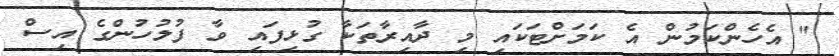
" އެހެންކަމުން އެ ކަމަށްޓަކައި މި ދާއިރާތަކާ ގުޅިފައި ވާ ފުލުހުންގެ އިސް